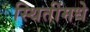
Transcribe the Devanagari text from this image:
स्थितींमधे